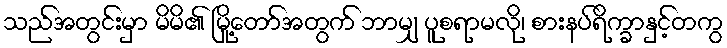
သည်အတွင်းမှာ မိမိ၏ မြို့တော်အတွက် ဘာမျှ ပူစရာမလို၊ စားနပ်ရိက္ခာနှင့်တကွ